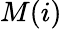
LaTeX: M(i)